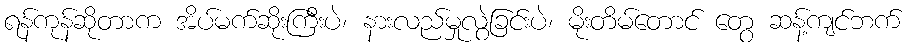
ရန်ကုန်ဆိုတာက အိပ်မက်ဆိုးကြီးပဲ၊ နားလည်မှုလွဲခြင်းပဲ၊ မိုးတိမ်တောင် တွေ ဆန့်ကျင်ဘက်